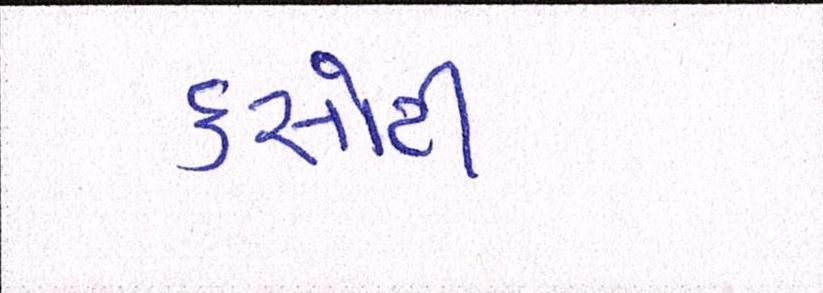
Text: કસોટી